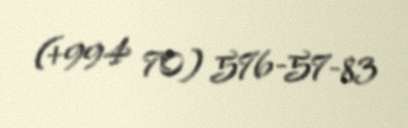
(+994 70) 576-57-83